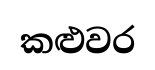
කළුවර